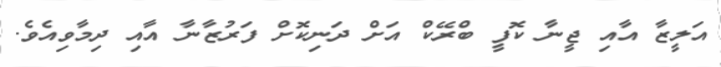
އަލީޒާ އާއި ޖީނާ ކޮފީ ބްރޭކް އަށް ދަނިކޮށް ފަރުޒާނާ އާއި ދިމާވިއެވެ.